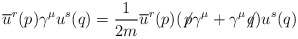
\begin{align*}\overline{u}^r(p)\gamma^\mu u^s(q)=\frac{1}{2m}\overline{u}^r(p)(\not{\!p }\gamma^\mu+\gamma^\mu\!\! \not{\! q})u^s(q)\end{align*}